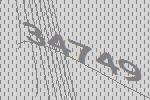
34749